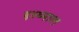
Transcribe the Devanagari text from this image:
इस्थ्माल